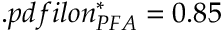
. p d f i l o n _ { P F A } ^ { * } = 0 . 8 5